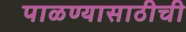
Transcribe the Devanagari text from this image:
पाळण्यासाठीची